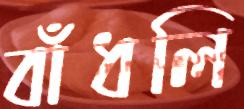
বাঁধলি